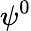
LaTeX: \psi^{0}